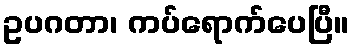
ဥပဂတာ၊ ကပ်ရောက်ပေပြီ။